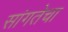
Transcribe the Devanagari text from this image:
सांगतेचा